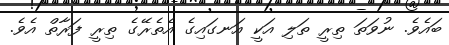
ބައެވެ. ނުވަތަ ތިރީ ތަލި އަކީ އަނގައިގެ އެތެރޭގެ ތިރީ ފަރާތް އެވެ.